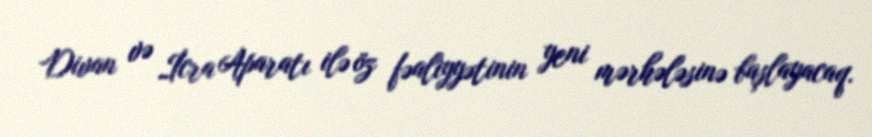
Divan və İcra Aparatı ilə öz fəaliyyətinin yeni mərhələsinə başlayacaq.